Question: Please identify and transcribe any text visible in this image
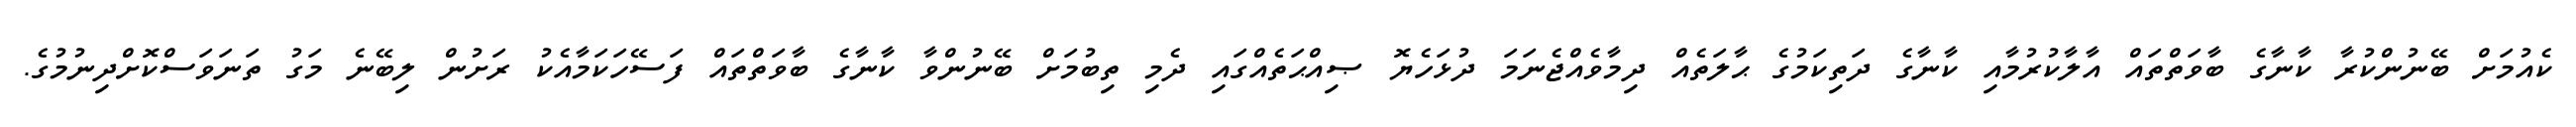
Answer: ކެއުމަށް ބޭނުންކުރާ ކާނާގެ ބާވަތްތައް އާލާކުރުމާއި ކާނާގެ ދަތިކަމުގެ ޙާލަތެއް ދިމާވެއްޖެނަމަ ދުޅަހެޔޮ ޞިއްޙަތެއްގައި ދެމި ތިބުމަށް ބޭނުންވާ ކާނާގެ ބާވަތްތައް ފަސޭހަކަމާއެކު ރަށުން ލިބޭނެ މަގު ތަނަވަސްކޮށްދިނުމުގެ.